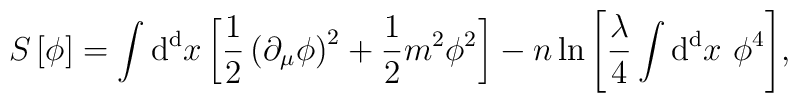
S \left[  \phi \right] = \int   {\rm d^d} x   \left[ {1 \over 2}  \left(  \partial_{\mu} \phi \right)^2 + {1 \over 2}  m^2 \phi^2  \right]   -  n \ln{ \left[  {\lambda \over 4}  \int   {\rm d^d} x  \ \phi^4   \right] },